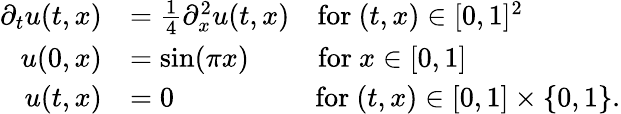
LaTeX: \begin{array}{rl}{\partial_{t}u(t,x)}&{=\frac{1}{4}\partial_{x}^{2}u(t,x)\quad\mathrm{for~}(t,x)\in[0,1]^{2}}\\ {u(0,x)}&{=\sin(\pi x)\qquad\; \, \mathrm{for~}x\in[0,1]}\\ {u(t,x)}&{=0\qquad\qquad\quad\mathrm{for~}(t,x)\in[0,1]\times\{ 0,1\} .}\end{array}